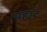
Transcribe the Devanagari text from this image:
बहाट